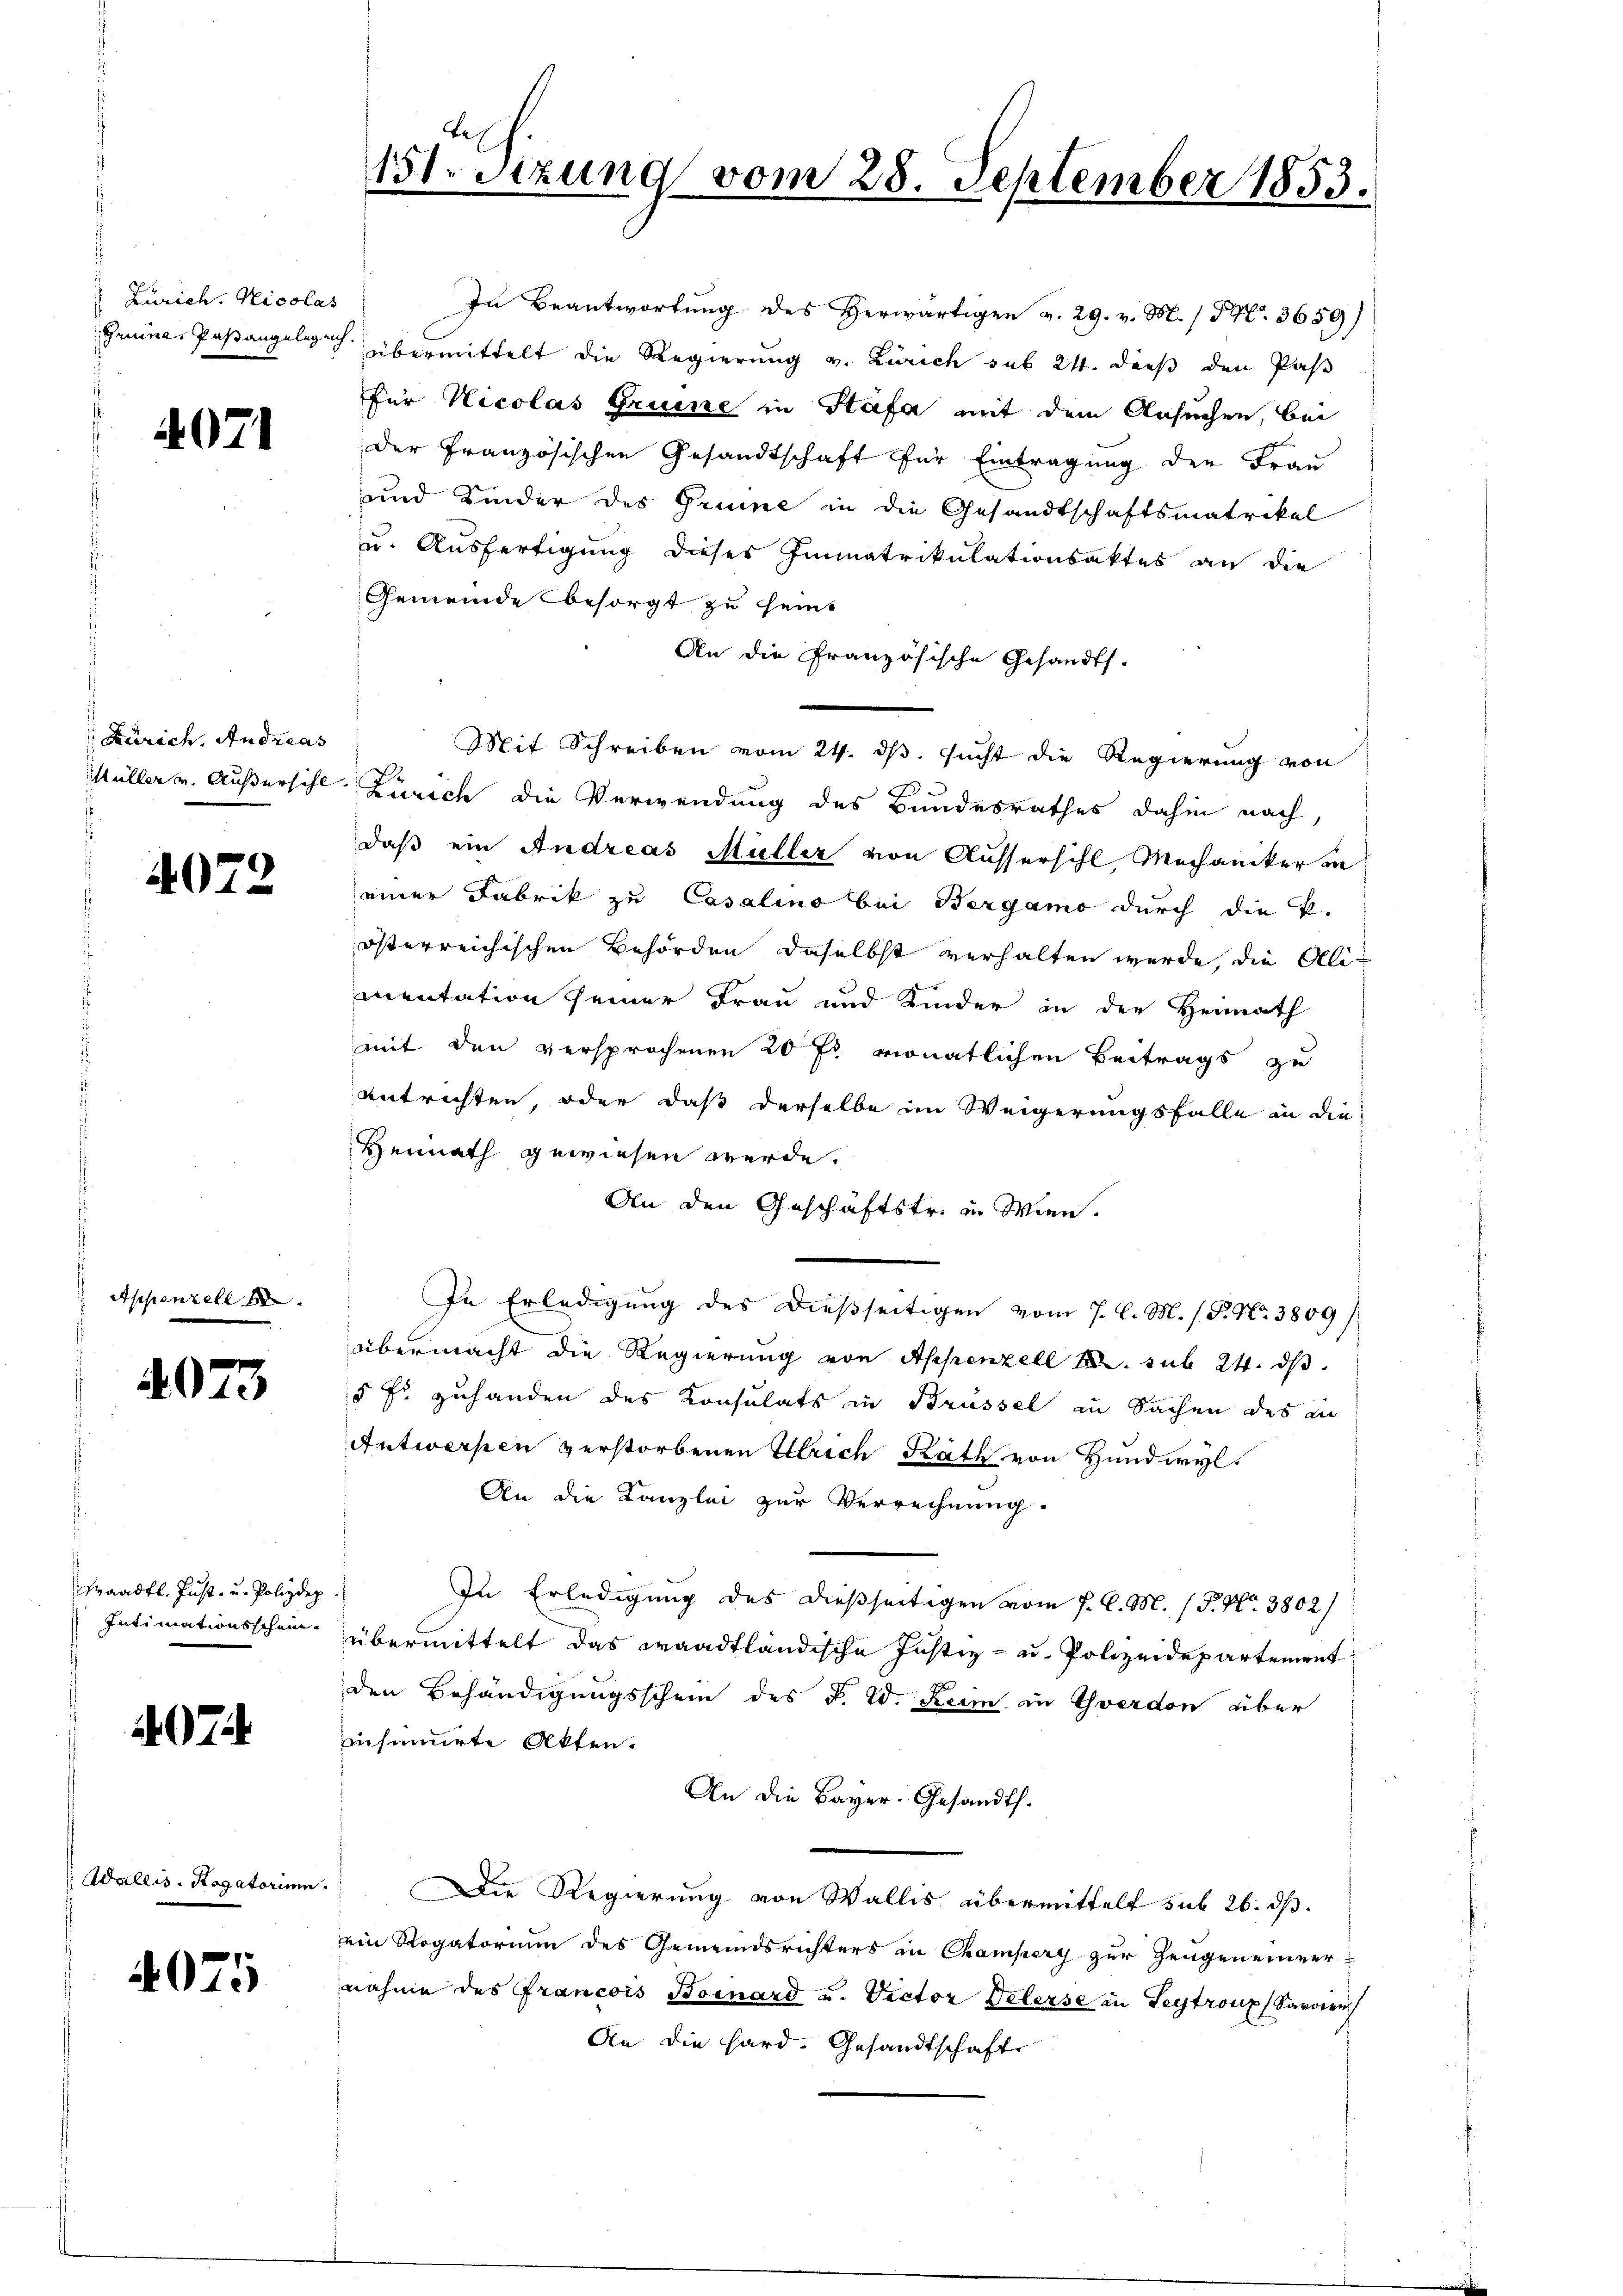
Zürich. Nicolas

4071

Zürich. Andreas

4072

Appenzell

4073

Praadtl. Just, u. Polizdep
Intimationsschein

7

Adallis, Rogatorium.

4075

te
151. Stzung vom 28. September 1853.

Gemeinde besorgt zu seint
An die Französische Gesandts.
Mit Schreiben vom 24. ds. sucht die Regierung von
Müller v. Außersihl. Zürich die Verwendung des Bundesrathes dahin nach,
daß ein Andreas Müller von Aussersihl Mechanikerin
einer Fabrik zu Casalino bei Bergamo durch die k.
österreichischen Behörden daselbst verhalten werde, die Alimentation seiner Frau und Kinder in der Heimath
mit den versprochenen 20 fr monatlichen Beitrags zu
entrichten, oder daß derselbe im Weigerungsfalle in die¬
Hennath gewiesen werde.
An den Geschäftstr. in Wien.
In Erledigung des dießseitigen vom 7. d. M. / P. Nr. 3809/
übermacht die Regierung von Appenzell A. sub 24. ds.
§ fs zuhanden des Konsulats in Brüssel in Sachen des an
Antwerpen verstorbenen Ulrich Rath von Hundwyl.
An die Kanzlei zur Verrechnung.
In Erledigung des dießseitigen vom 7. d. M. 18. No. 3802/
übermittelt das waadtländische Justiz- u. Polizeidepartement
den Behändigungsschein des F. W. Keim in Yverdon über
insumirte Akten.
An die Bayer. Gesandts¬
Die Regierung von Wallis übermittelt sub 26. dß.
ein Rogatorium des Gemeindsrichters in Champery zur Zeugeneiner-
nahme des Francois Bornard u. Victor Delerse in Leytroup (Saroien
An die Hard. Gesandtschaft

In Beantwortung des Herwärtigen v. 29. v. M. / Fr. 3659)
Gruine Paßangelich übermittelt die Regierung v. Zürich sub 24. dieß den Pas
für Nicolas Gruine in Stäfa mit dem Ansuchen, bei
der Französischen Gesandtschaft für Eintragung der Frau
und Kinder des Grune in die Gesandtschaftsmatrikel
u. Ausfertigung dieses Immatrikulationsaktes an die